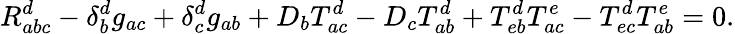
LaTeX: R_{abc}^{d}-\delta_{b}^{d}g_{ac}+\delta_{c}^{d}g_{ab}+D_{b}T_{ac}^{d}-D_{c}T_{ab}^{d}+T_{eb}^{d}T_{ac}^{e}-T_{ec}^{d}T_{ab}^{e}=0.